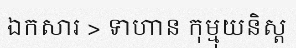
ឯកសារ > ទាហាន កុម្មុយនិស្ត